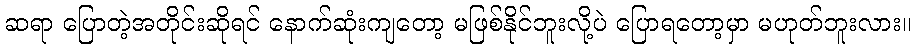
ဆရာ ပြောတဲ့အတိုင်းဆိုရင် နောက်ဆုံးကျတော့ မဖြစ်နိုင်ဘူးလို့ပဲ ပြောရတော့မှာ မဟုတ်ဘူးလား။